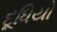
દૂધિયો